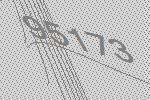
95173